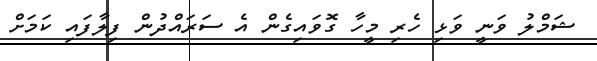
ޝަމްލު ވަނީ ވަޅި ހެރި މީހާ ގޮވައިގެން އެ ސަރައްދުން ފިލާފައި ކަމަށް